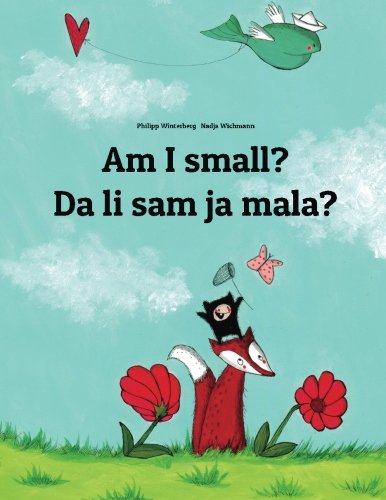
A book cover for Am I small? Da li sam ja mala?: Children's Picture Book English-Croatian (Bilingual Edition); Philipp Winterberg; Children's Books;